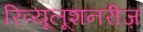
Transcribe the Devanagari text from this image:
रिव्यूलूशनरीज़